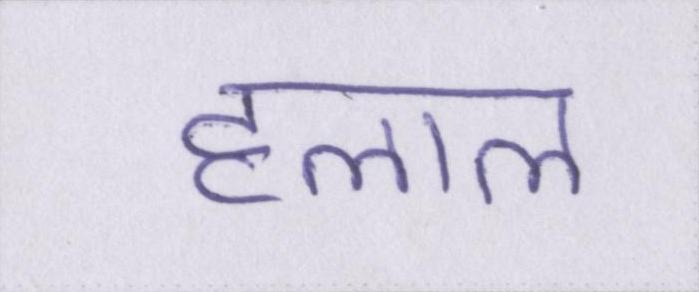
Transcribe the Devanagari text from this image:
हलाल